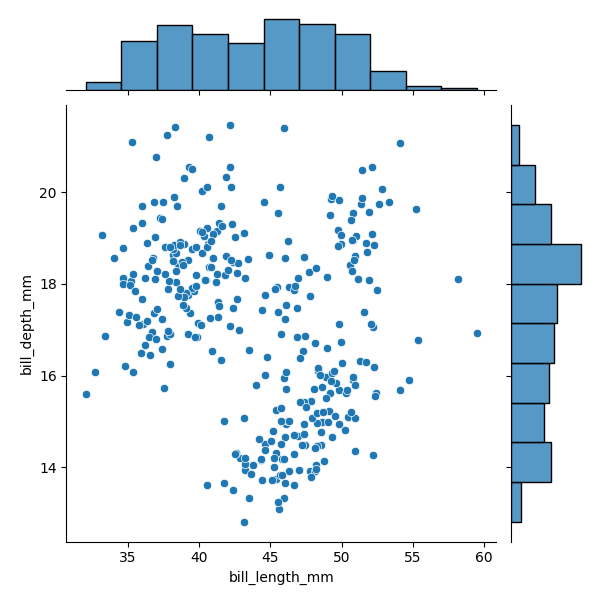
python, seaborn, JointGrid, scatterplot, histplot